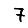
Digit: 7